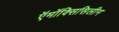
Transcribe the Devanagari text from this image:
ऍमॉक्सिसिलीन